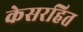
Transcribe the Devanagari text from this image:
केसरहित